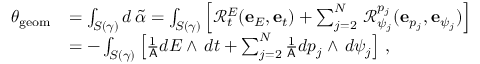
\begin{array} { r l } { \theta _ { \mathrm { g e o m } } } & { = \int _ { S ( \gamma ) } d \, \widetilde { \alpha } = \int _ { S ( \gamma ) } \left[ \mathcal { R } _ { t } ^ { E } ( \mathbf { e } _ { E } , \mathbf { e } _ { t } ) + \sum _ { j = 2 } ^ { N } \, \mathcal { R } _ { \psi _ { j } } ^ { p _ { j } } ( \mathbf { e } _ { p _ { j } } , \mathbf { e } _ { \psi _ { j } } ) \right] } \\ & { = - \int _ { S ( \gamma ) } \left[ \frac { 1 } { \mathsf { A } } d E \wedge \, d t + \sum _ { j = 2 } ^ { N } \frac { 1 } { \mathsf { A } } d p _ { j } \wedge \, d \psi _ { j } \right] \, , } \end{array}